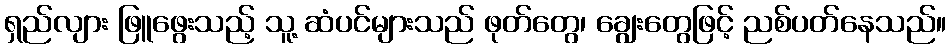
ရှည်လျား ဖြူဖွေးသည့် သူ့ ဆံပင်များသည် ဖုတ်တွေ၊ ချွေးတွေဖြင့် ညစ်ပတ်နေသည်။